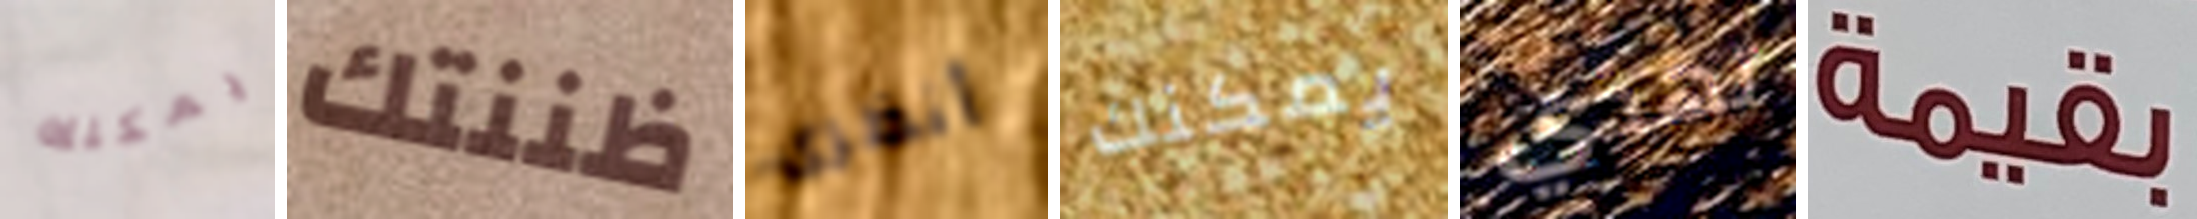
يمكنك ظننتك أنظرى يمكنك تهذي بقيمة